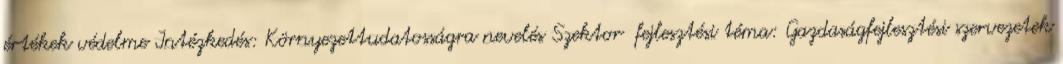
értékek védelme Intézkedés: Környezettudatosságra nevelés Szektor fejlesztési téma: Gazdaságfejlesztési szervezetek